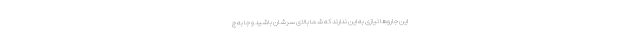
این جاروها نیازی به این ندارند که شما بالای سرشان باشید و جا به ج